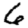
Digit: 6